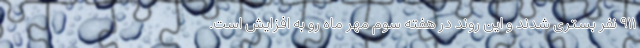
۹۱۱ نفر بستری شدند و این روند در هفته سوم مهر ماه رو به افزایش است.